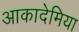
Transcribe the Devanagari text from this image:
आकादेमिया